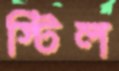
স্টিল